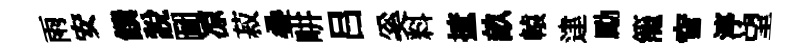
雨安饌說圖凉菽叠畊吕奚料摭畝轅䢖勵籠窅渟望